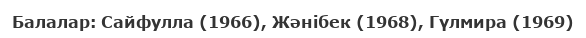
Балалар: Сайфулла (1966), Жәнібек (1968), Гүлмира (1969)